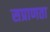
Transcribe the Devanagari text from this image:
सप्राणता